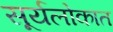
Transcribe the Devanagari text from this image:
सूर्यलोकात